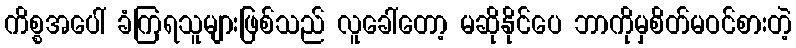
ကိစ္စအပေါ် ခံကြရသူများဖြစ်သည် လူခေါ်တော့ မဆိုနိုင်ပေ ဘာကိုမှစိတ်မဝင်စားတဲ့